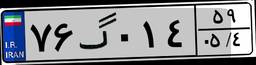
۷۶گ۰۱۴۵۹